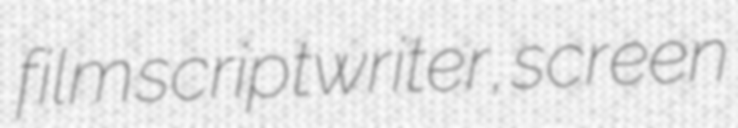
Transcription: film scriptwriter, screen